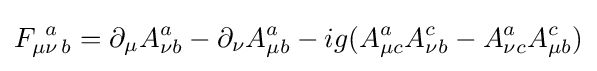
F_{\mu \nu \,b}^{\ a}=\partial _{\mu }A_{\nu b}^{a}-\partial _{\nu }A_{\mu b}^{a}-ig(A_{\mu c}^{a}A_{\nu b}^{c}-A_{\nu c}^{a}A_{\mu b}^{c})